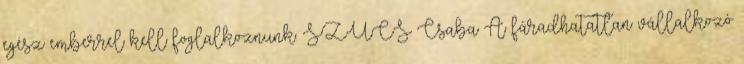
egész emberrel kell foglalkoznunk. SZÛCS Csaba A fáradhatatlan vállalkozó